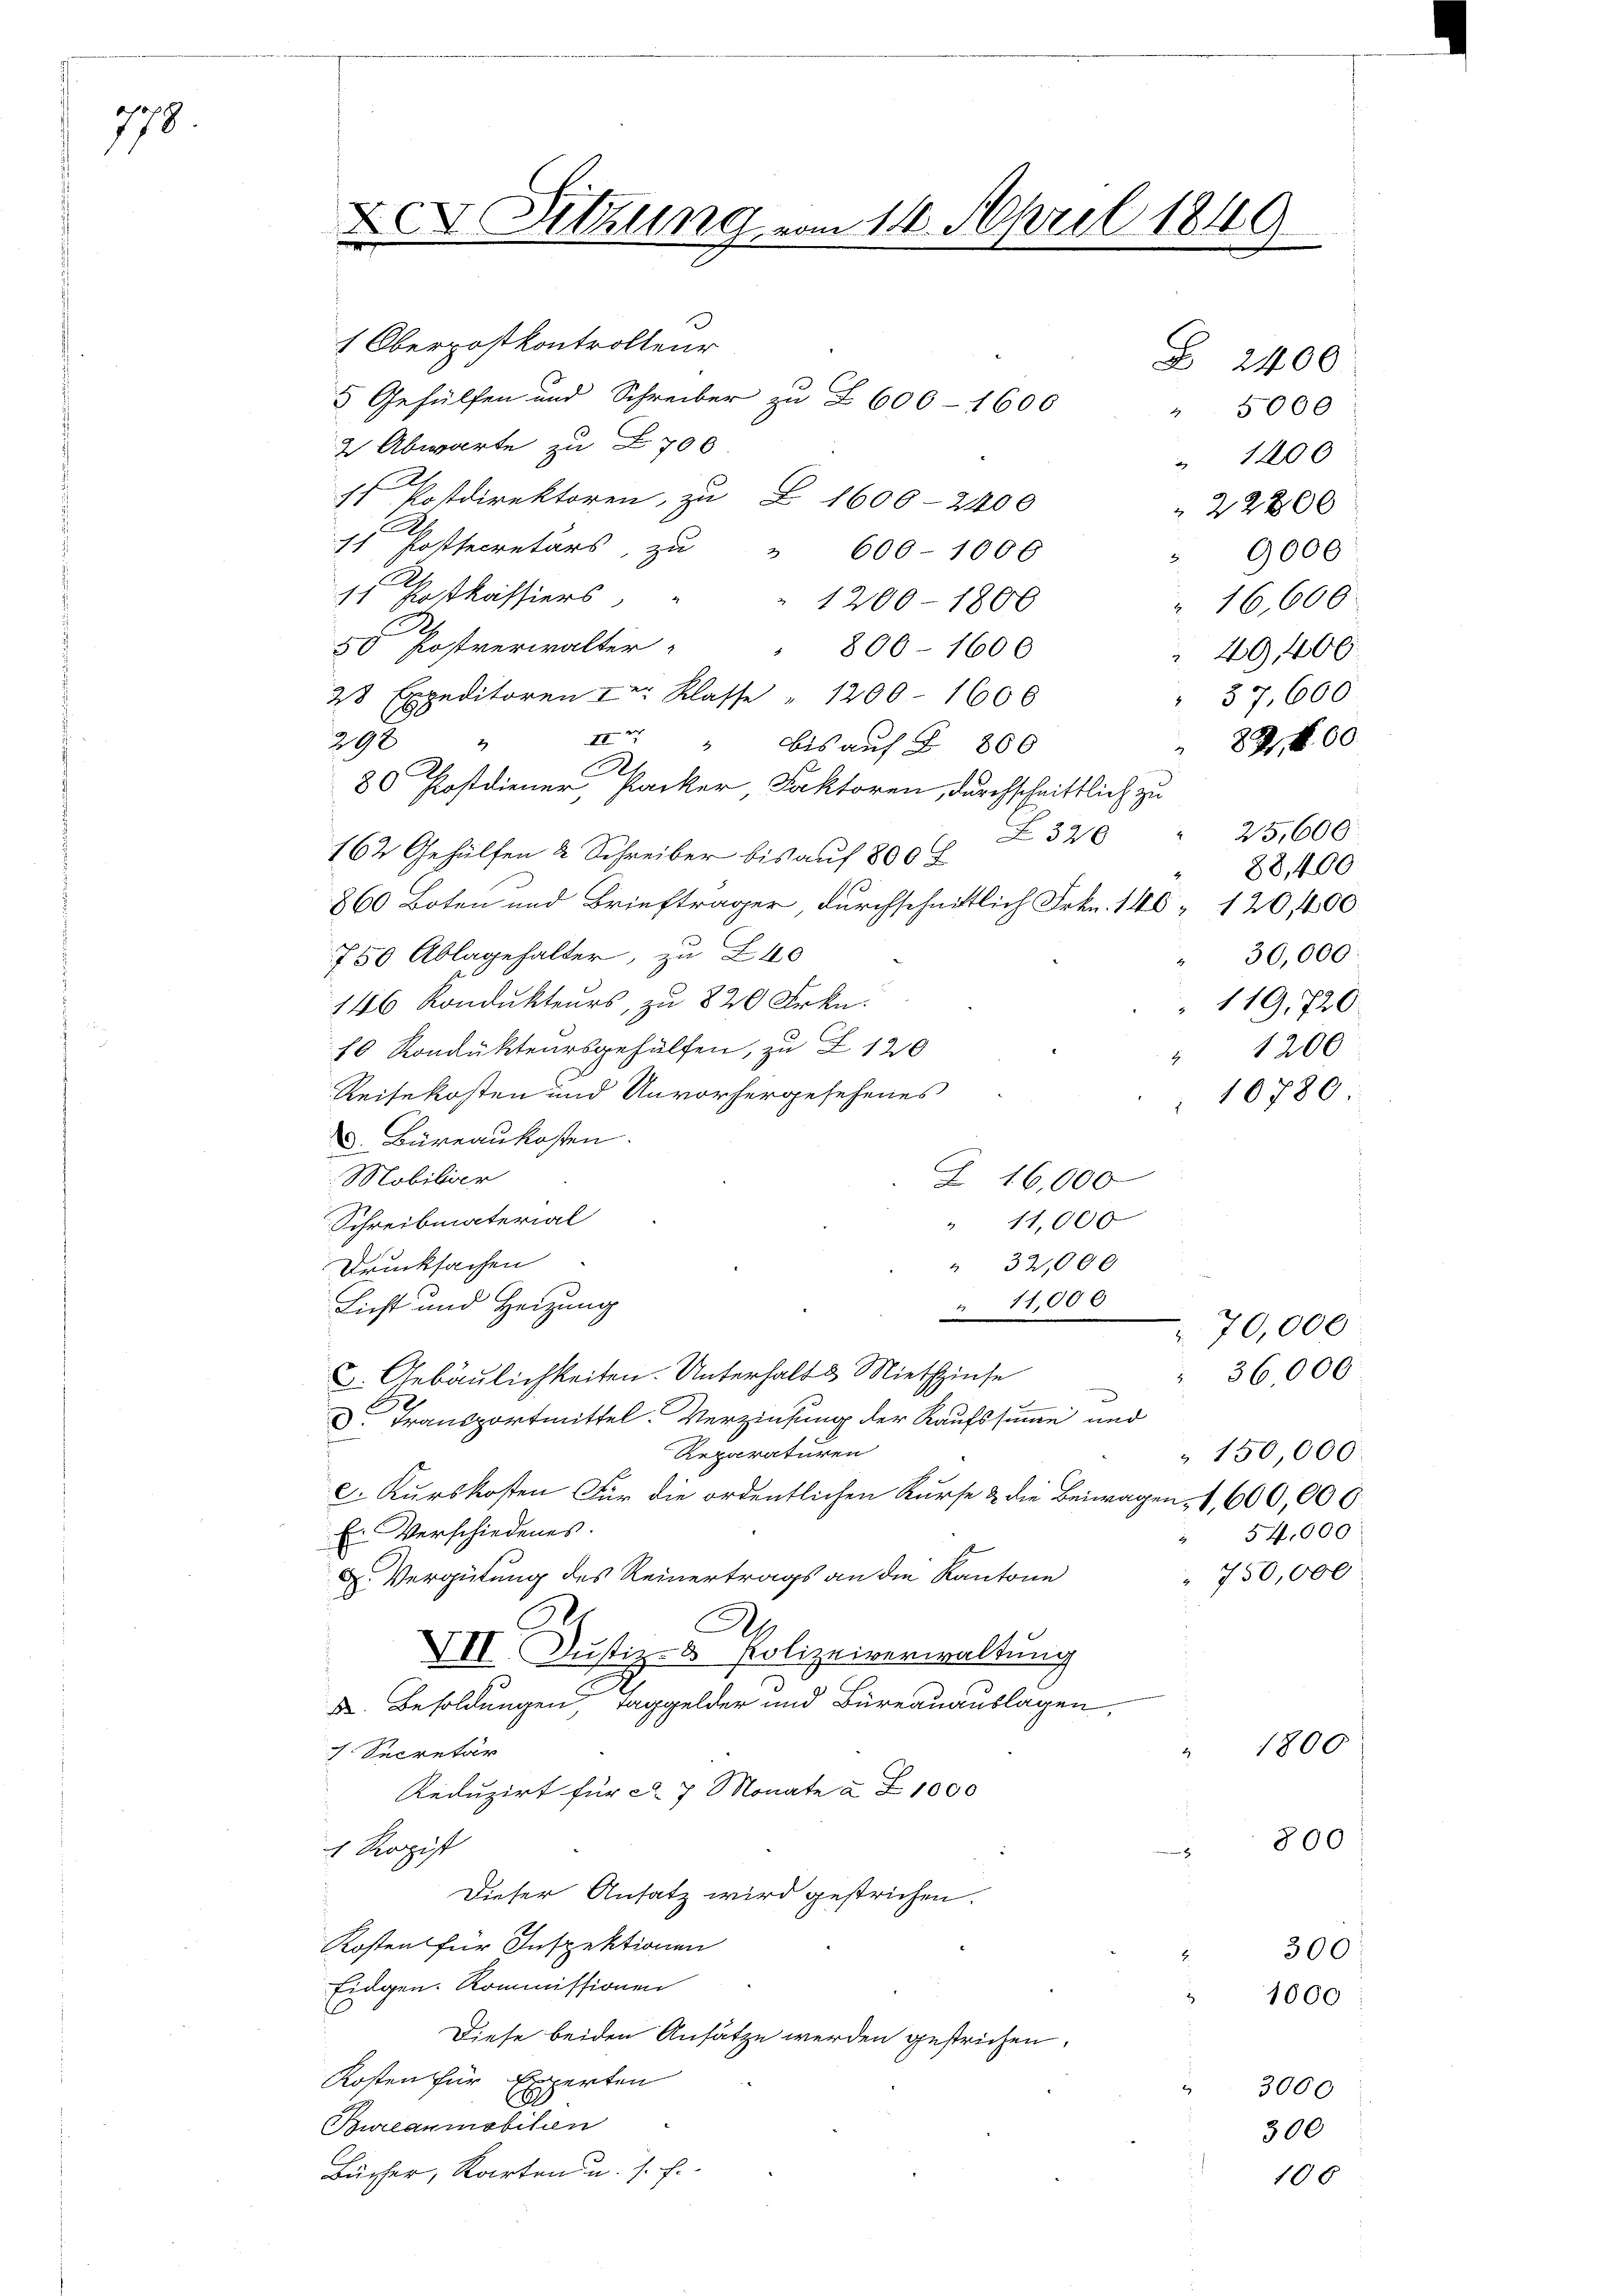
fo
178

XX. Sitzung vom 14. April 1849
e

1 Oberpostkontrolleur
5 Gehülfen und Schreiber zu Z 600 - 1600
2 Abwarte zu Z. 700
 Postdirektoren, zu Z. 1600-2400
 Postsecretärs, zu " 600-1006
 Postkassiers " " 1200-1800
5 Postverwalter " " 800-1600
28 Expeditoren I Klasse " 1200 - 1600
29 x
2
 " bis auf § 866
.
80 Postdiener, Packer, Faktoren, durchschnittlich zu
Z 320 " 25,600:
162 Gehülfen & Schreiber bis auf 800 F
860 Boten und Briefträger durchschnittlich Frkn. 140, 12000
750 Ablagehalter, zu Z40
146 Kondukteurs, zu 820 Frkn.
10 Kondukteursgehülfen, zu Z. 120
" 1200
Reisekosten und Unvorhergesehenes
d. Büreaukosten.
C
Mobilier
Z 16,000
Schreibmaterial
" 11,000
Drucksachen
" 32,000
Licht und Heizung
 11,000
70,000
E. Gebäulichkeiten. Unterhalt & Miethzinse
 36000
d. Transportmittel. Verzinsung der Kaufssumme und
Reparaturen
 150,000.
c. Kurskosten Für die ordentlichen Kurse & die Beiwagen, 1,600,000.
E. Verschiedenes.
54,000
750,000
. Vergütung des Reinertrags an die Kantone
.
A
VII. Justiz- & Polizeiverwaltung
X. Besoldungen, Taggelder und Büreauauslagen,
1800
 Secretär
Reduzirt für c. 7 Monate à Fr. 1000
800
1 Rozist
Dieser Ansatz wird gestrichen.
Kosten für Inspektionen
 300
Eidgen. Kommissionen
1000
2
Diese beiden Ansätze werden gestrichen.
Kosten für Experten
3000
Bureaumobilien
300
Bücher, Karten u. s. f.
106

Z 2400
" 5000
" 1400
22800
9000
 16,600
49,400
57,600.
821,800

10780

88,400
30,000.
119,720